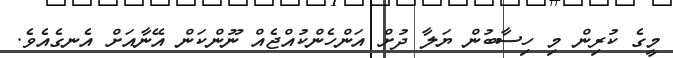
މީގެ ކުރިން މި ހިސާބުން ޔަލާ ދުށް އަންހެންކުއްޖެއް ނޫންކަން އޭނާއަށް އެނގެއެވެ.